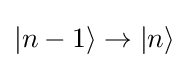
|n-1\rangle \to |n\rangle